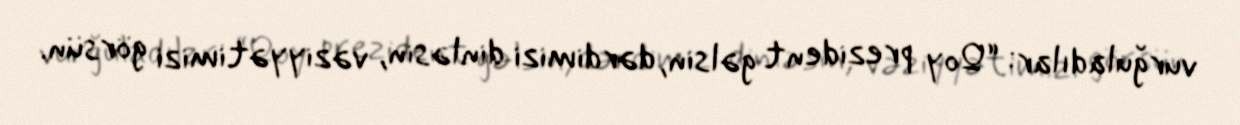
vurğuladılar: “Qoy prezident gəlsin, dərdimizi dinləsin, vəziyyətimizi görsün.